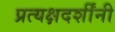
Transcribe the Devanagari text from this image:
प्रत्यक्षदर्शींनी